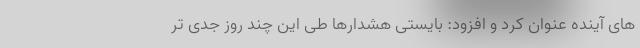
های آینده عنوان کرد و افزود: بایستی هشدارها طی این چند روز جدی تر